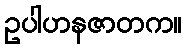
ဥပါဟနဇာတက။